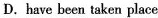
D.have been taken place